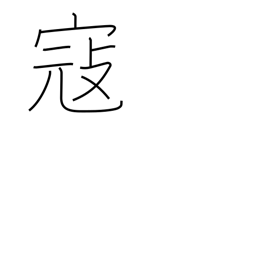
Meaning: invade